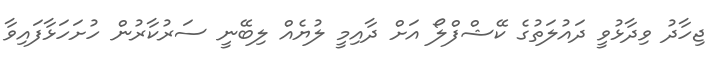
ޖިހާދު ވިދާޅުވީ ދައުލަތުގެ ކޭޝްފްލޯ އަށް ދާއިމީ ލުޔެއް ލިބޭނީ ސަރުކާރުން ހުށަހަޅާފައިވާ